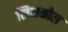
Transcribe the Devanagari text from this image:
लिमकोल